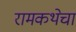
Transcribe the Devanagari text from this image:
रामकथेचा